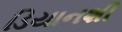
ડિયાનશી